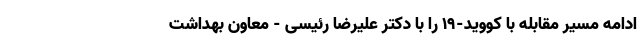
ادامه مسیر مقابله با کووید-۱۹ را با دکتر علیرضا رئیسی - معاون بهداشت